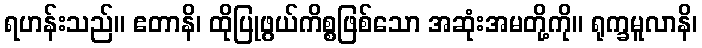
ရဟန်းသည်။ ဧတာနိ၊ ထိုပြုဖွယ်ကိစ္စဖြစ်သော အဆုံးအမတို့ကို။ ရုက္ခမူလာနိ၊